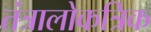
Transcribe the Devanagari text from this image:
तंत्रालोकत्रिक